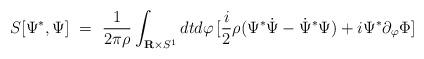
LaTeX: \begin{align*}S[\Psi^*,\Psi]\ =\ {1\over 2\pi\rho}\int_{{\bf R}\times S^1} dtd\varphi\, [{i\over 2}\rho(\Psi^*{\dot \Psi}-{\dot\Psi}^*\Psi)+i\Psi^*\partial_\varphi\Phi ]\end{align*}